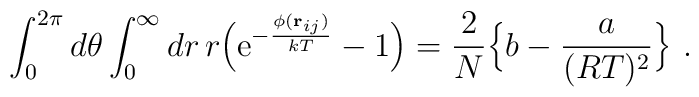
\int_0^{2\pi}d\theta\int_0^\infty dr\, r\Bigl({\rm e}^{-{\phi({\bf r}_{ij})\over kT}}-1\Bigr)={2 \over N}\Bigl\{ b-{a \over (RT)^2}\Bigr\}\ .